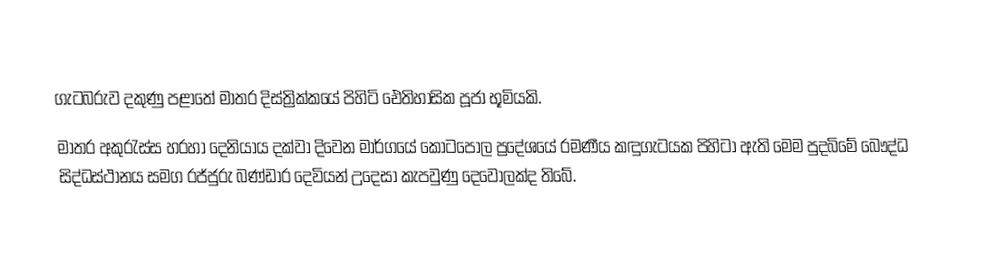
ගැටබරුව දකුණු පළාතේ මාතර දිස්ත්‍රික්කයේ පිහිටි ඓතිහාසික පූජා භූමියකි.
මාතර අකුරැස්ස හරහා දෙනියාය දක්වා දිවෙන මාර්ගයේ කොටපොල ප්‍රදේශයේ රමණීය කඳුගැටයක පිහිටා ඇති මෙම පුදබිමේ බෞද්ධ සිද්ධස්ථානය සමග රජ්ජුරු බණ්ඩාර දෙවියන් උදෙසා කැපවුණු දෙවොලක්ද තිබේ.